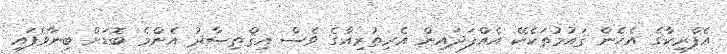
އެފްރިކާގެ އެހެން ޤައުމުތަކެކޭ އެއްފަދައިން އެރިތުރިއާގެ ވެސް އިޤްތިޞާދު އެންމެ ބޮޑަށް ބިނާވެފައި